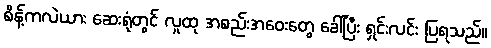
စိန့်ကလဲယား ဆေးရုံတွင် လူထု အစည်းအဝေးတွေ ခေါ်ပြီး ရှင်းလင်း ပြရသည်။